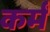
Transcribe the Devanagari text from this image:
कर्मं